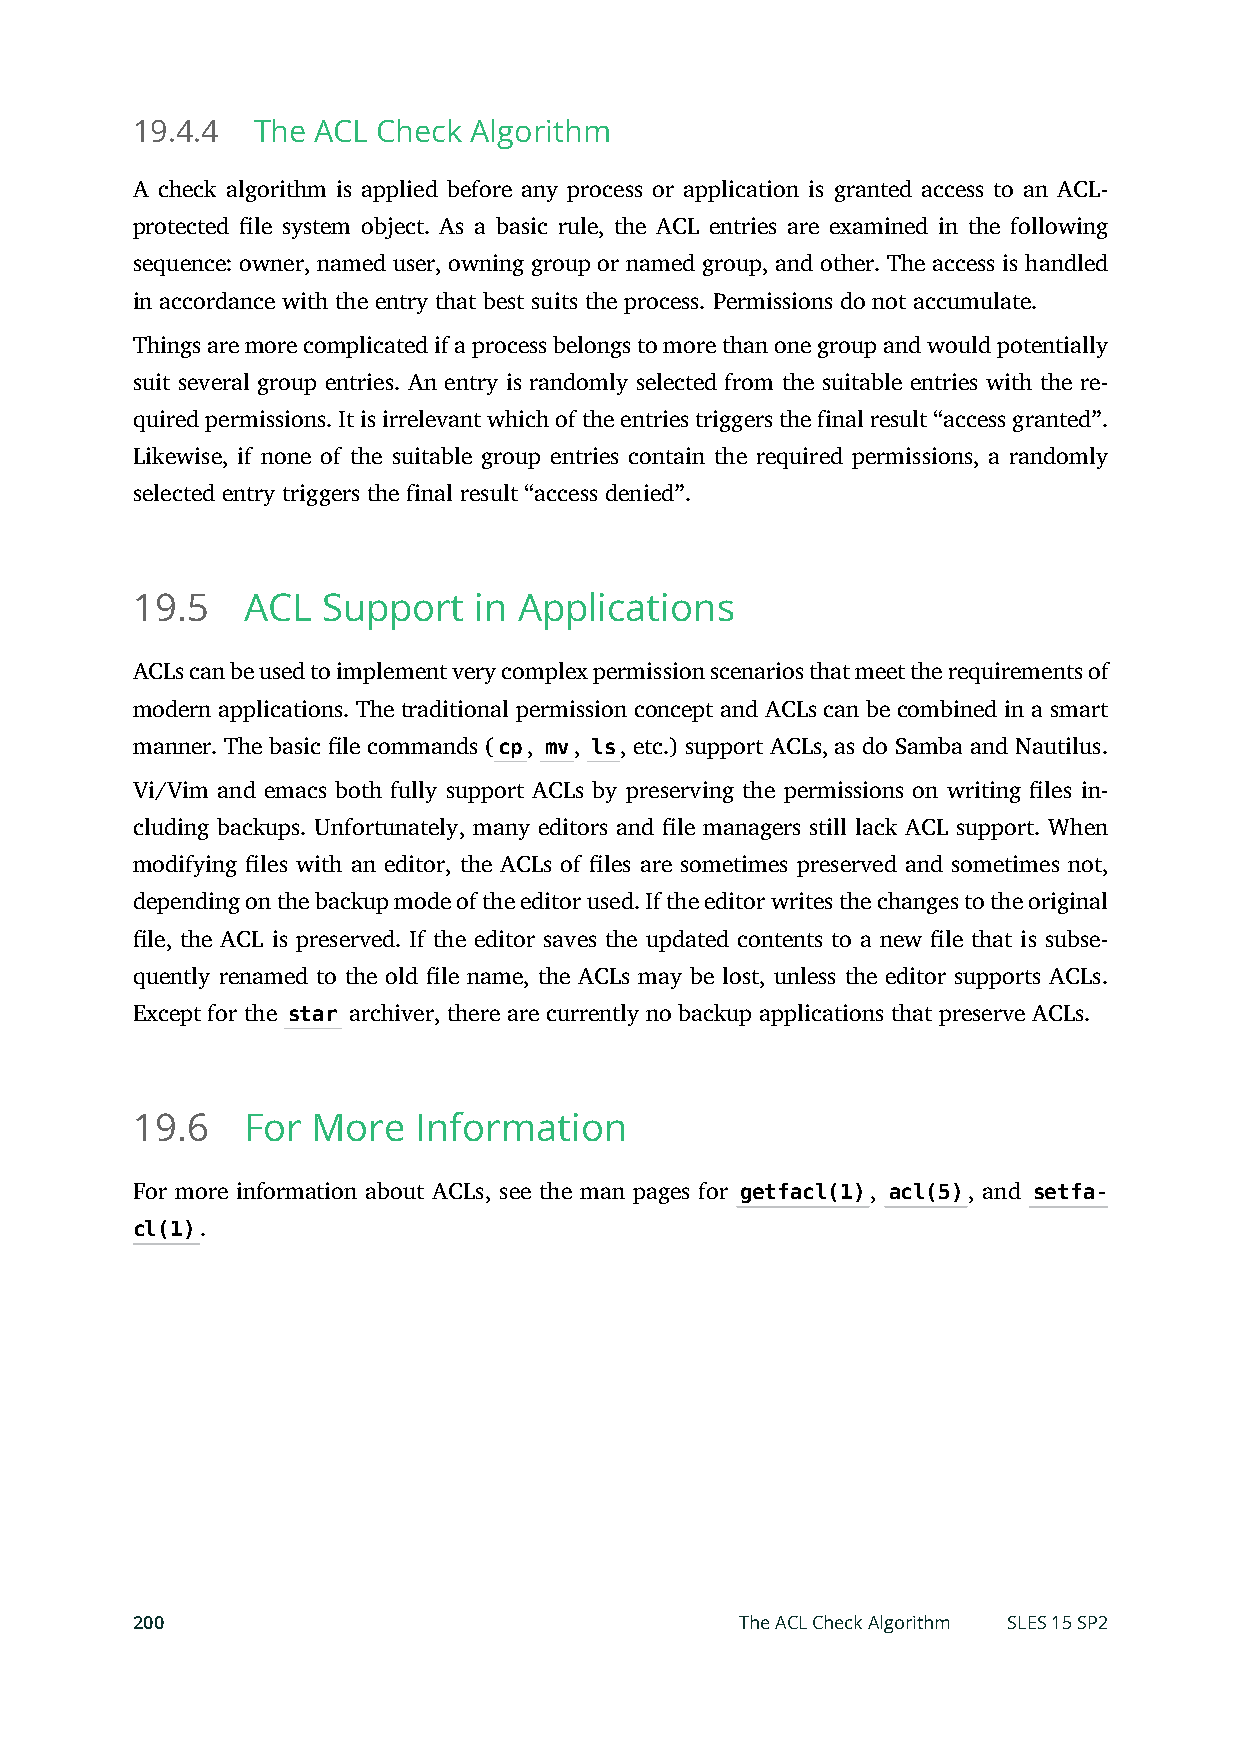
19.4.4  The ACL Check Algorithm
 A check algorithm is applied before any process or application is granted access to an ACL-
 protected le system object. As a basic rule, the ACL entries are examined in the following
 sequence: owner, named user, owning group or named group, and other. The access is handled
 in accordance with the entry that best suits the process. Permissions do not accumulate.
 Things are more complicated if a process belongs to more than one group and would potentially
 suit several group entries. An entry is randomly selected from the suitable entries with the re-
 quired permissions. It is irrelevant which of the entries triggers the final result “access granted”.
 Likewise, if none of the suitable group entries contain the required permissions, a randomly
 selected entry triggers the final result “access denied”.
 19.5   ACL  Support   in Applications
 ACLs can be used to implement very complex permission scenarios that meet the requirements of
 modern applications. The traditional permission concept and ACLs can be combined in a smart
 manner. The basic le commands (cp, mv, ls, etc.) support ACLs, as do Samba and Nautilus.
 Vi/Vim and emacs both fully support ACLs by preserving the permissions on writing les in-
 cluding backups. Unfortunately, many editors and le managers still lack ACL support. When
 modifying les with an editor, the ACLs of les are sometimes preserved and sometimes not,
 depending on the backup mode of the editor used. If the editor writes the changes to the original
 le, the ACL is preserved. If the editor saves the updated contents to a new le that is subse-
 quently renamed to the old le name, the ACLs may be lost, unless the editor supports ACLs.
 Except for the star archiver, there are currently no backup applications that preserve ACLs.
 19.6   For  More   Information
 For more information about ACLs, see the man pages for getfacl(1), acl(5), and setfa-
 cl(1).
 200                                     The ACL Check Algorithm SLES 15 SP2